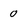
Character: 0